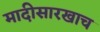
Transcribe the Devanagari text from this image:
मादीसारखाच